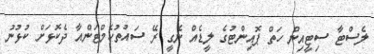
ލެސްޓާ ސިޓީއިން ހަތް ޕޮއިންޓުގެ ލީޑެއް ނެގީ ރޭ ސައުތުހެމްޓަންއާ ދެކޮޅަށް ކުޅުނު